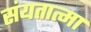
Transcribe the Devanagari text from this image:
संयतात्मा